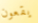
يقعون